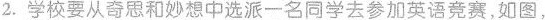
2.学校要从奇思和妙想中选派一名同学去参加英语竞赛，如图，